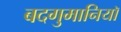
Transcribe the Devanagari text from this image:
बदगुमानियाॅ